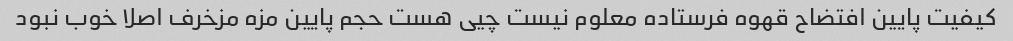
کیفیت پایین افتضاح قهوه فرستاده معلوم نیست چیی هست حجم پایین مزه مزخرف اصلا خوب نبود